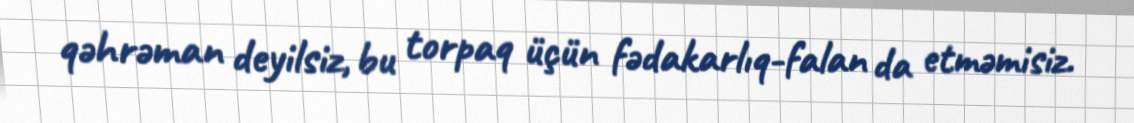
qəhrəman deyilsiz, bu torpaq üçün fədakarlıq-falan da etməmisiz.